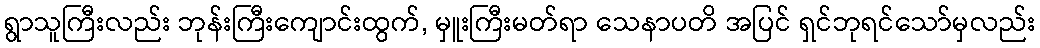
ရွာသူကြီးလည်း ဘုန်းကြီးကျောင်းထွက်, မှူးကြီးမတ်ရာ သေနာပတိ အပြင် ရှင်ဘုရင်သော်မှလည်း